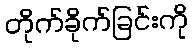
တိုက်ခိုက်ခြင်းကို